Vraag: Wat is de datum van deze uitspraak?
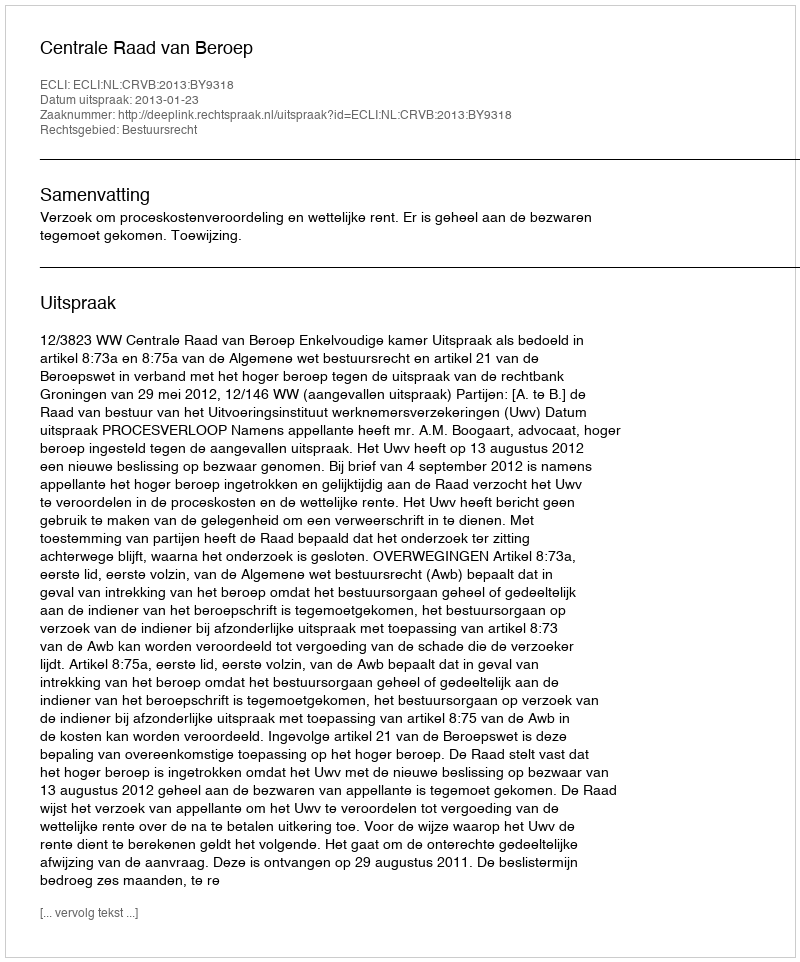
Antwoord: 2013-01-23